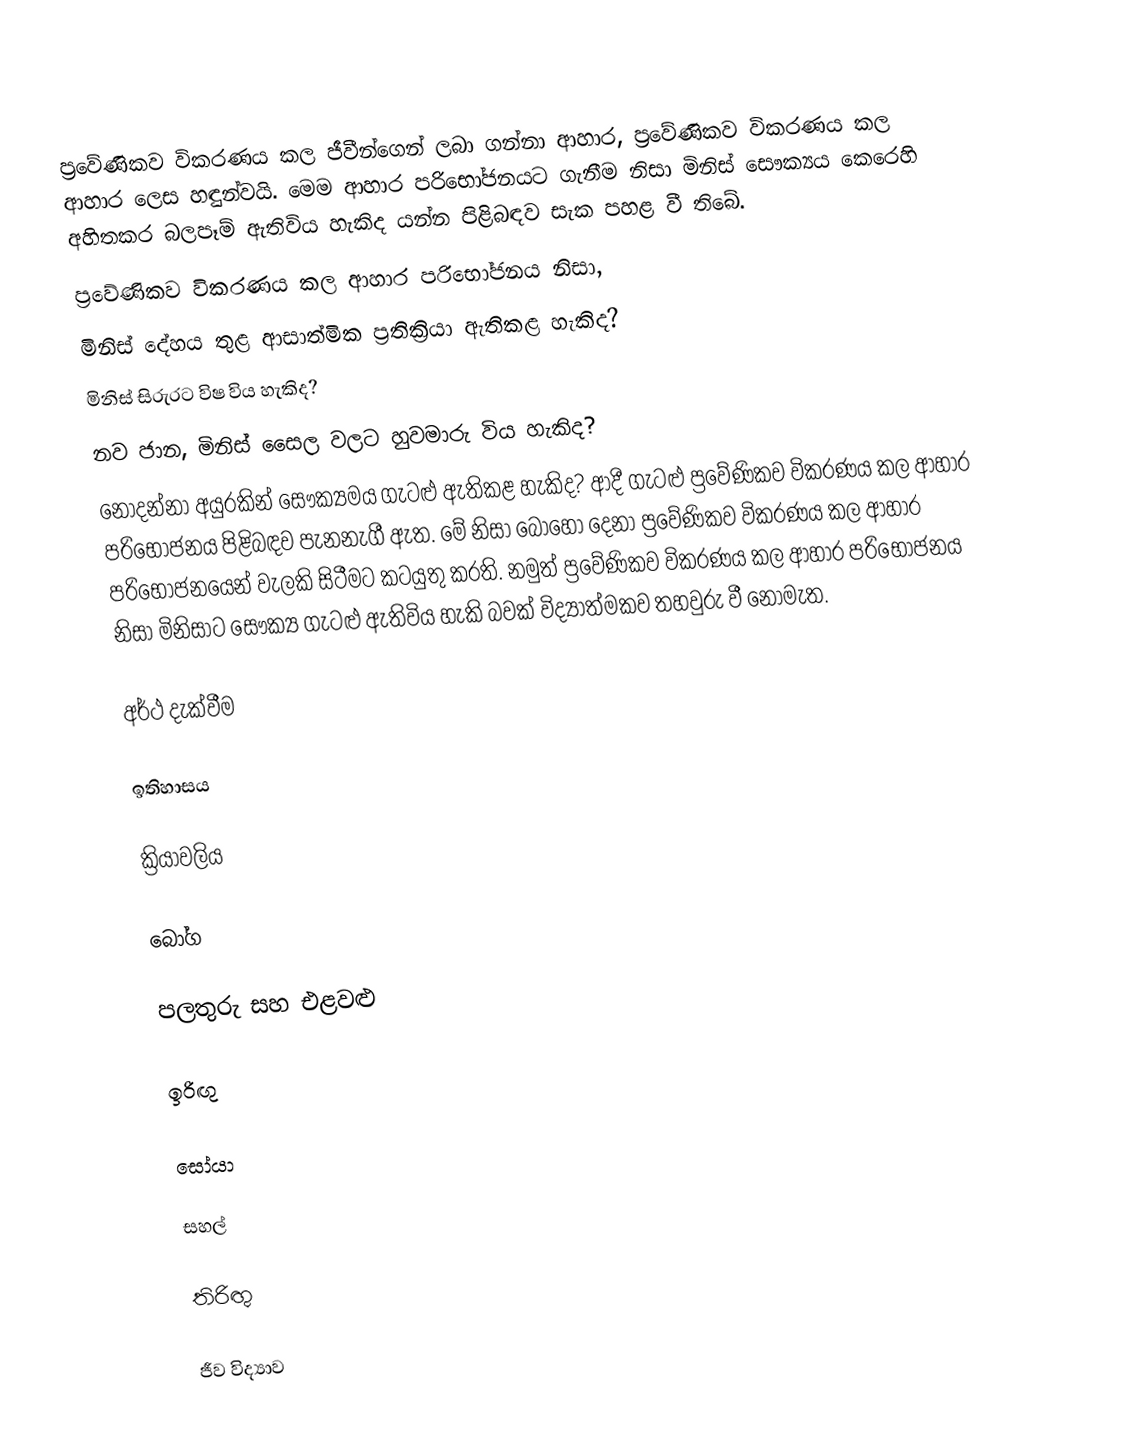
ප්‍රවේණිකව විකරණය කල ජීවීන්ගෙන් ලබා ගන්නා ආහාර, ප්‍රවේණිකව විකරණය කල ආහාර ලෙස හඳුන්වයි. මෙම ආහාර පරිභෝජනයට ගැනීම නිසා මිනිස් සෞක්‍යය කෙරෙහි අහිතකර බලපෑම් ඇතිවිය හැකිද යන්න පිළිබඳව සැක පහළ වී තිබේ.
ප්‍රවේණිකව විකරණය කල ආහාර පරිභෝජනය නිසා,
මිනිස් දේහය තුළ ආසාත්මික ප්‍රතික්‍රියා ඇතිකළ හැකිද?
මිනිස් සිරුරට විෂ විය හැකිද?
නව ජාන, මිනිස් සෛල වලට හුවමාරු විය හැකිද?
නොදන්නා අයුරකින් සෞක්‍යමය ගැටළු ඇතිකළ හැකිද? ආදී ගැටළු ප්‍රවේණිකව විකරණය කල ආහාර පරිභෝජනය පිළිබඳව පැනනැගී ඇත. මේ නිසා බොහෝ දෙනා ප්‍රවේණිකව විකරණය කල ආහාර පරිභෝජනයෙන් වැලකි සිටීමට කටයුතු කරති. නමුත් ප්‍රවේණිකව විකරණය කල ආහාර පරිභෝජනය නිසා මිනිසාට සෞක්‍ය ගැටළු ඇතිවිය හැකි බවක් විද්‍යාත්මකව තහවුරු වී නොමැත.

අර්ථ දැක්වීම

ඉතිහාසය

ක්‍රියාවලිය

බෝග

පලතුරු සහ එළවළු

ඉරිඟු

සෝයා

සහල්

තිරිඟු

ජීව විද්‍යාව